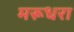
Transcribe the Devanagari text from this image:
मरूधरा